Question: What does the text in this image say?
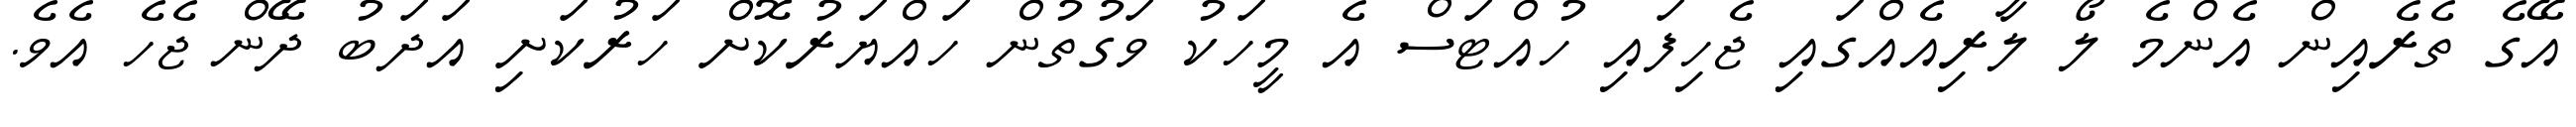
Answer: އޭގެ ތެރެއިން އެންމެ ލޯ ލާރިއެއްގައި ޖެހިފައި ހުއްޓަސް އެ މީހަކު ވަގުތުން ހައްޔަރުކޮށް ހަރުކަށި އަދަބު ދޭން ޖެހެ އެވެ.